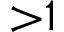
{ > } 1